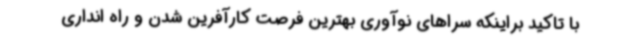
با تاکید براینکه سراهای نوآوری بهترین فرصت کارآفرین شدن و راه انداری